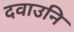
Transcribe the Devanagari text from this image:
दवाउनि